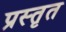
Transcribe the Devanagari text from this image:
प्रस्तृत